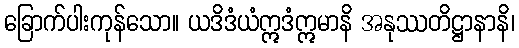
ခြောက်ပါးကုန်သော။ ယဒိဒံယံဣဒံဣမာနိ အနုဿတိဋ္ဌာနာနိ၊